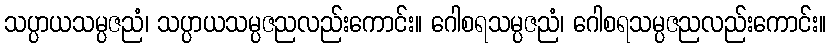
သပ္ပာယသမ္ပဇညံ၊ သပ္ပာယသမ္ပဇညလည်းကောင်း။ ဂေါစရသမ္ပဇညံ၊ ဂေါစရသမ္ပဇညလည်းကောင်း။